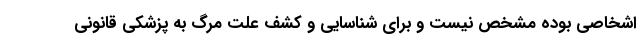
اشخاصی بوده مشخص نیست و برای شناسایی و کشف علت مرگ به پزشکی قانونی